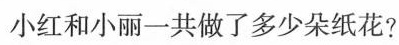
小红和小丽一共做了多少朵纸花?